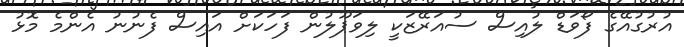
އުރުގުއޭގެ ފޯވަޑް ލުއިސް ސުއަރޭޒަކީ ލިވަޕޫލުން ފަހަކަށް އައިސް ފެނުނު އެންމެ މޮޅު